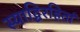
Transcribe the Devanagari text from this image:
स्याद्विरहितां